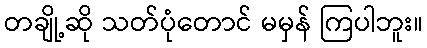
တချို့ဆို သတ်ပုံတောင် မမှန် ကြပါဘူး။